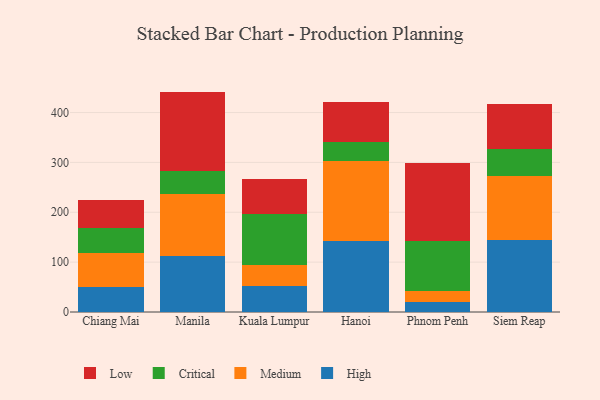
{"axis": {"x": "City", "y": "Bounce Rate (%)"}, "legend": ["Critical", "High", "Low", "Medium"], "data": [{"x": "Chiang Mai", "y": 49.4, "type": "High"}, {"x": "Chiang Mai", "y": 68.7, "type": "Medium"}, {"x": "Chiang Mai", "y": 49.8, "type": "Critical"}, {"x": "Chiang Mai", "y": 56.9, "type": "Low"}, {"x": "Manila", "y": 112.2, "type": "High"}, {"x": "Manila", "y": 125.2, "type": "Medium"}, {"x": "Manila", "y": 45.1, "type": "Critical"}, {"x": "Manila", "y": 159.5, "type": "Low"}, {"x": "Kuala Lumpur", "y": 52.5, "type": "High"}, {"x": "Kuala Lumpur", "y": 41.6, "type": "Medium"}, {"x": "Kuala Lumpur", "y": 103.0, "type": "Critical"}, {"x": "Kuala Lumpur", "y": 69.5, "type": "Low"}, {"x": "Hanoi", "y": 142.4, "type": "High"}, {"x": "Hanoi", "y": 159.6, "type": "Medium"}, {"x": "Hanoi", "y": 38.8, "type": "Critical"}, {"x": "Hanoi", "y": 81.2, "type": "Low"}, {"x": "Phnom Penh", "y": 20.9, "type": "High"}, {"x": "Phnom Penh", "y": 21.7, "type": "Medium"}, {"x": "Phnom Penh", "y": 99.9, "type": "Critical"}, {"x": "Phnom Penh", "y": 157.2, "type": "Low"}, {"x": "Siem Reap", "y": 144.9, "type": "High"}, {"x": "Siem Reap", "y": 127.2, "type": "Medium"}, {"x": "Siem Reap", "y": 55.3, "type": "Critical"}, {"x": "Siem Reap", "y": 90.0, "type": "Low"}]}